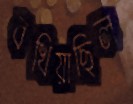
বখিয়াছিল